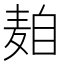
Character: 𱋒